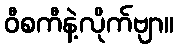
ဝီစကီနဲ့လိုက်ဗျာ။